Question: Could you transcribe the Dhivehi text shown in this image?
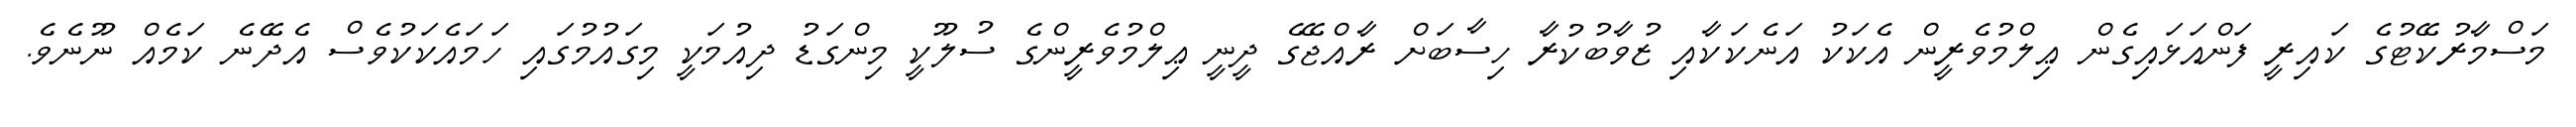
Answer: މަސްމާރުކޭޓުގެ ކައިރީ ފަންއަޅައިގެން ޢިލްމުވެރީން އެކަކު އަނެކަކާއި ޒުވާބުކުރާ ހިސާބަށް ރާއްޖޭގެ ދީނީ ޢިލްމުވެރީންގެ ސުލޫކީ މިންގަޑު ދިއުމަކީ މިގައުމުގައި ހަމައެކަކުވެސް އެދޭނެ ކަމެއް ނޫނެވެ.